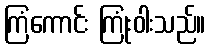
ကြံကောင်း ကြုံးဝါးသည်။